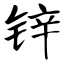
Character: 锌